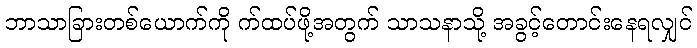
ဘာသာခြားတစ်ယောက်ကို က်ထပ်ဖို့အတွက် သာသနာသို့ အခွင့်တောင်းနေရလျှင်